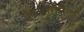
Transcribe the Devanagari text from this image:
प्लैन्टागेनेटों